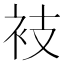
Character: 衼